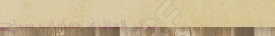
مركز العافية: حمامات سباح